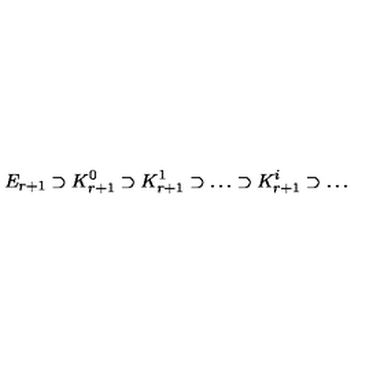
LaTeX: E _ { r + 1 } \supset K _ { r + 1 } ^ { 0 } \supset K _ { r + 1 } ^ { 1 } \supset \dots \supset K _ { r + 1 } ^ { i } \supset \dots